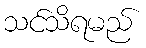
သင်သိရမည်